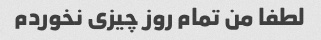
لطفا من تمام روز چیزی نخوردم